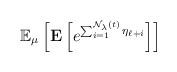
LaTeX: \begin{align*}\mathbb{E}_\mu \left[ \mathbf E \left[ e^{\sum_{i=1}^{\mathcal N_\lambda(t)}\eta_{\ell +i}}\right]\right]\end{align*}